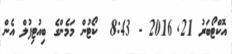
އޮކްޓޯބަރު 21